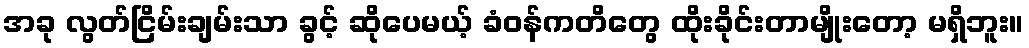
အခု လွတ်ငြိမ်းချမ်းသာ ခွင့် ဆိုပေမယ့် ခံဝန်ကတိတွေ ထိုးခိုင်းတာမျိုးတော့ မရှိဘူး။